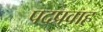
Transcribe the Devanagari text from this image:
पदप्रवाह